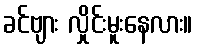
ခင်ဗျား လှိုင်းမူးနေလား။